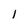
Character: I